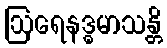
ဩရေနဒ္ဓမာသန္တိ